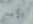
الأمر